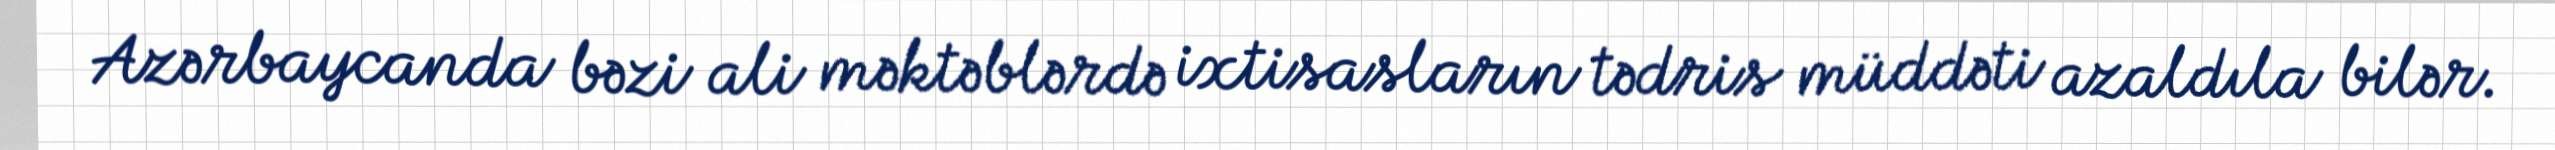
Azərbaycanda bəzi ali məktəblərdə ixtisasların tədris müddəti azaldıla bilər.